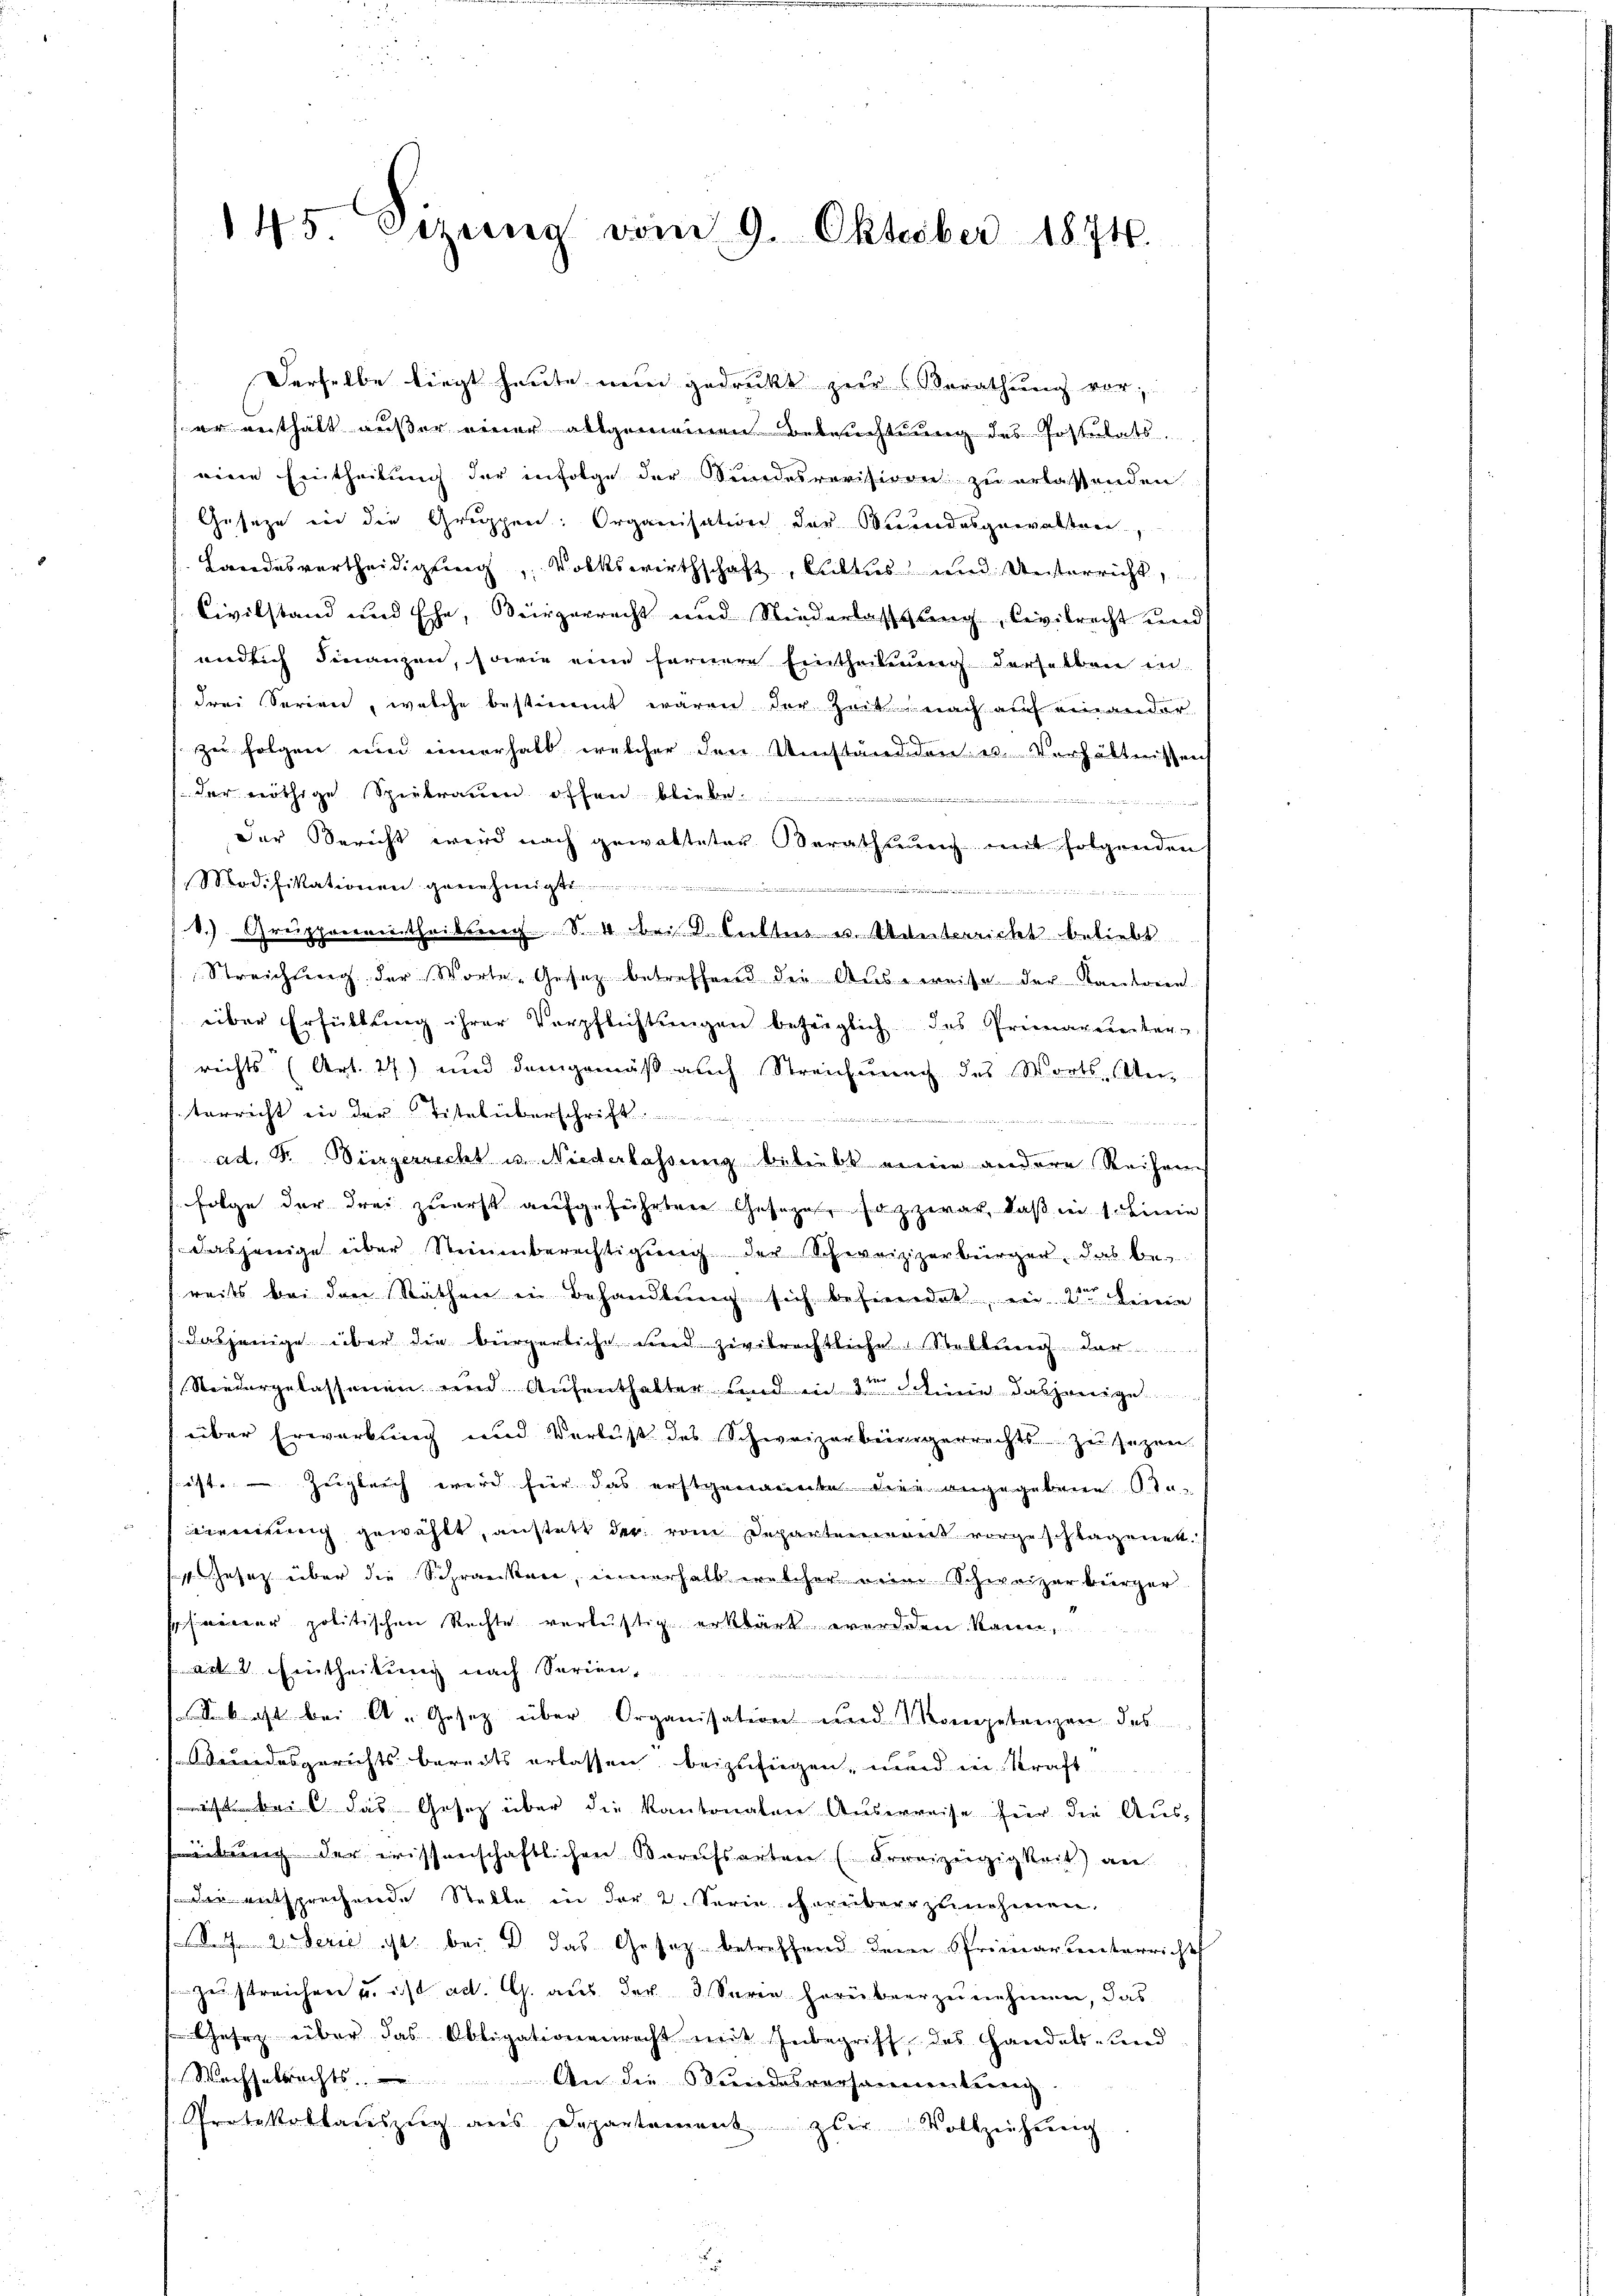
145 Dezung vom 9. Oktober 1874.

Derselbe liegt heute nun gedruckt zur Berathung vor,
er verthalt außer einer allgemeinen Beleuchtung des Postulatseine Eintheilung der infolge der Stundesrevisionen zu erlassenden
Gesetze in die Gruppen: Organisation der Bundesgewalten,
Landesvertheidigung, Volkswirthschaft, Cultus und Unterricht,
Civilstand und Ehe, Bergerrecht und Niederlassung, Civilrecht und
endlich Finanzen, sowie eine fernere Eintheilung derselben in
drei Serien, welche bestimmt wären der Zeit, nach auf einander-
zu folgen und einerhalb welcher den Umständen u. Verhältnissen
der nöthige Speitrauen offen liebe
Der Bericht wird nach gewalteter Berathung mit folgenden
Prodifikationen geneigt .................................................................................
1.) Gruppeneintheilung S. 4 bei halten u. Unterterricht beliebt
Streichung der Worte Gesetz betreffend die Ausweise der Kantonen.
über Erfüllung ihrer Verpflichtungen bezüglich das Primarunter
richts (Art. 27) und demgemäß auch Streichnung des Worts An-
terricht in der Titel überschrift

 44
ad. P. Bingerrecht u. Niederlassung beliebt meine andere Reihen
 Folge der drei zuerst aufgeführten Geseze, sozzwar, daß in s. Linie
dasjenige über Seinenberechtigung der Schevizizerbürger, das bei
reits bei den Räthen in Behandlung sich behindet, ein 2 seine
dasjenige über die bürgerliche wird. Zivilrechtliche Stellung der
Niedergelassenen und Aufenthalter und in 3 Schwie dasjenige
über Erwarbung und Verlust des Schweizerbeinigerrechts zu sezen
ist. – Zugleich wird für das erstgenomente die angegebene Be-
innerung gewählt, anstatt der vom Departement vorgeschlagenen.
1. Gesetz über die Schranken, einerhalb welcher eine Schweizerbürger
er politischen Rechte verlustig erklärt werden kann,
ark. 2. Eintheilung nach Serien,
Sok ist bei A. Gesetz über Organisation und Kompetenzen des
desgerichts bereits erlassen, beizufügen, wird in Kraft
s bei das Gesetz über die Kantonaten Auserreise hier die Aus-
ebung der erissenschaftlichen Berufsarten (Erreizeidigkeit) an
Die entsprechende Stelle in der 2. Serie vorüberzunehmen,
S.4. 2. Ferie ist bei Dr. das Gesetz betreffend dem Primarunterricht
ze streichen u. ist ac. G. aus der 3 Seren herüber zu nehmen, das
besez über das Obligationenrecht mit Inbegriff des Handels- und
Wachselrechts. An die Stundesversammlung
Protokollaŭszŭg aŭs Departament zur Vollziehŭng